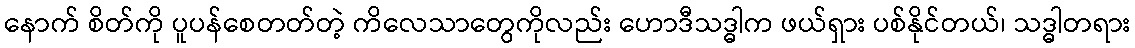
နောက် စိတ်ကို ပူပန်စေတတ်တဲ့ ကိလေသာတွေကိုလည်း ဟောဒီသဒ္ဓါက ဖယ်ရှား ပစ်နိုင်တယ်၊ သဒ္ဓါတရား